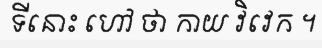
ទីនោះ ហៅ ថា កាយ វិវេក ។